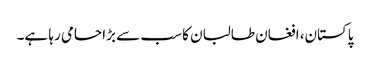
پاکستان، افغان طالبان کا سب سے بڑا حامی رہا ہے۔